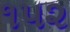
૧૫૨